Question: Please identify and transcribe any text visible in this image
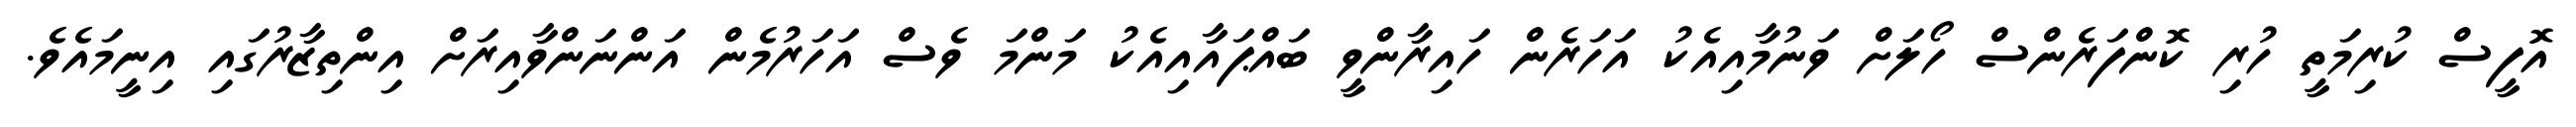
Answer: އޮފީސް ކުރިމަތީ ހުރި ކޮންފަރެންސް ހޯލަށް ވަނުމާއިއެކު އަހަރެން ހައިރާންވީ ބައްޕައާއިއެކު މަންމަ ވެސް އަހަރުމެން އަންނަންވާއިރަށް އިންތިޒާރުގައި އިނީމައެވެ.